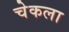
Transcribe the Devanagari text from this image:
चेकला